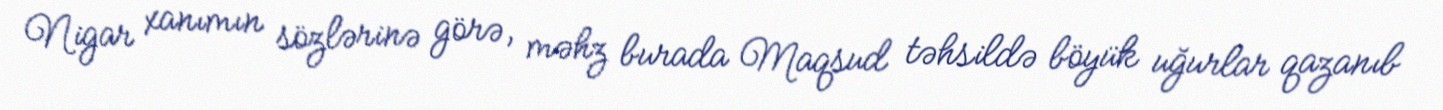
Nigar xanımın sözlərinə görə, məhz burada Maqsud təhsildə böyük uğurlar qazanıb